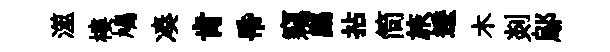
澨樓鳩凑肯帋竊鷓拈简旅逶木剡鄔